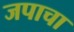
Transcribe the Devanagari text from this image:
जपाचा